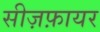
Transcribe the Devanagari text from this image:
सीज़फ़ायर